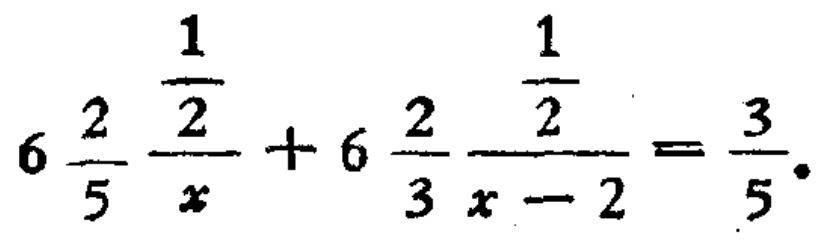
$6\frac{2}{5}\frac{\frac{1}{2}}{x}+6\frac{2}{3}\frac{\frac{1}{2}}{x - 2}=\frac{3}{5}.$